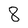
Character: 8